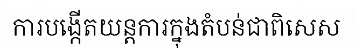
ការបង្កើតយន្តការក្នុងតំបន់ជាពិសេស